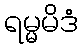
ရမ္မမိဒံ